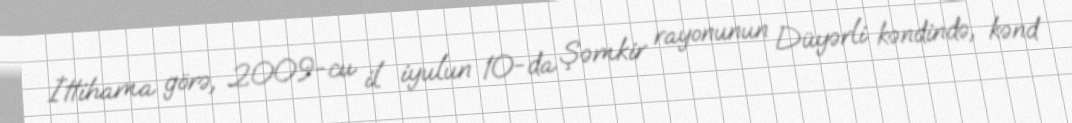
İttihama görə, 2009-cu il iyulun 10-da Şəmkir rayonunun Düyərli kəndində, kənd